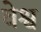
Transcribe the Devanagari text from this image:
वेश्व